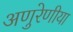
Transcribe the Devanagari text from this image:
अणुरेणीया